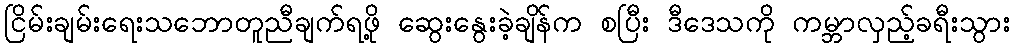
ငြိမ်းချမ်းရေးသဘောတူညီချက်ရဖို့ ဆွေးနွေးခဲ့ချိန်က စပြီး ဒီဒေသကို ကမ္ဘာလှည့်ခရီးသွား